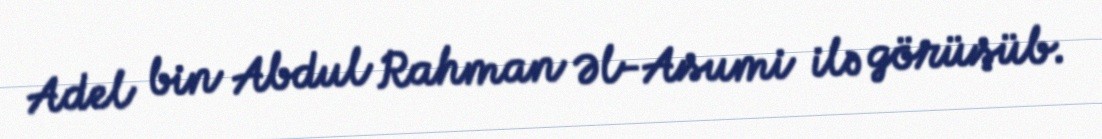
Adel bin Abdul Rahman Əl-Asumi ilə görüşüb.